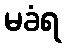
မခံရ